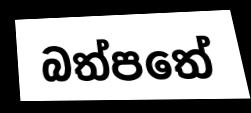
බත්පතේ